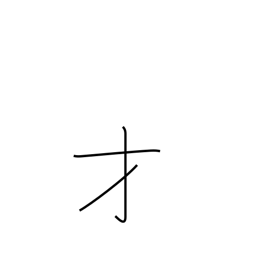
Meaning: genius